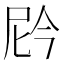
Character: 𫢩